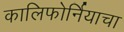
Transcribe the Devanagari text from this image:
कालिफोर्नियाचा